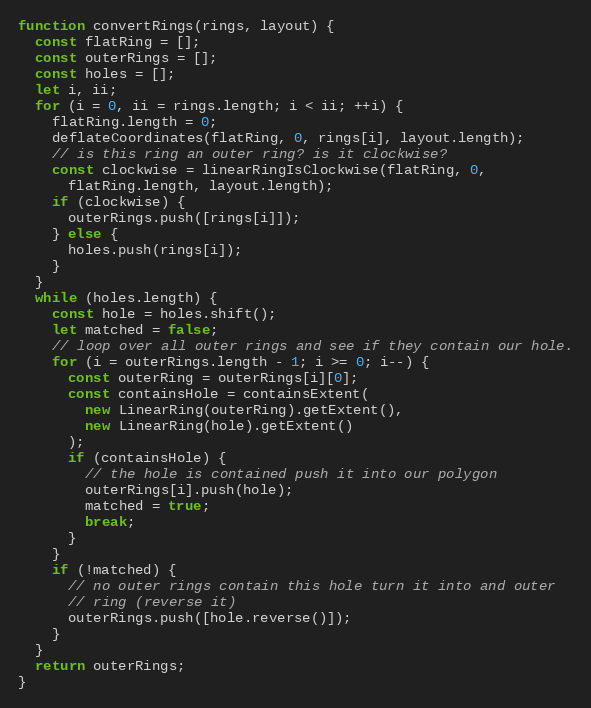
Language: JavaScript
function convertRings(rings, layout) {
  const flatRing = [];
  const outerRings = [];
  const holes = [];
  let i, ii;
  for (i = 0, ii = rings.length; i < ii; ++i) {
    flatRing.length = 0;
    deflateCoordinates(flatRing, 0, rings[i], layout.length);
    // is this ring an outer ring? is it clockwise?
    const clockwise = linearRingIsClockwise(flatRing, 0,
      flatRing.length, layout.length);
    if (clockwise) {
      outerRings.push([rings[i]]);
    } else {
      holes.push(rings[i]);
    }
  }
  while (holes.length) {
    const hole = holes.shift();
    let matched = false;
    // loop over all outer rings and see if they contain our hole.
    for (i = outerRings.length - 1; i >= 0; i--) {
      const outerRing = outerRings[i][0];
      const containsHole = containsExtent(
        new LinearRing(outerRing).getExtent(),
        new LinearRing(hole).getExtent()
      );
      if (containsHole) {
        // the hole is contained push it into our polygon
        outerRings[i].push(hole);
        matched = true;
        break;
      }
    }
    if (!matched) {
      // no outer rings contain this hole turn it into and outer
      // ring (reverse it)
      outerRings.push([hole.reverse()]);
    }
  }
  return outerRings;
}